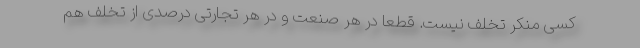
کسی منکر تخلف نیست. قطعا در هر صنعت و در هر تجارتی درصدی از تخلف هم